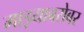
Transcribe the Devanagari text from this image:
माझ्याबरोबर